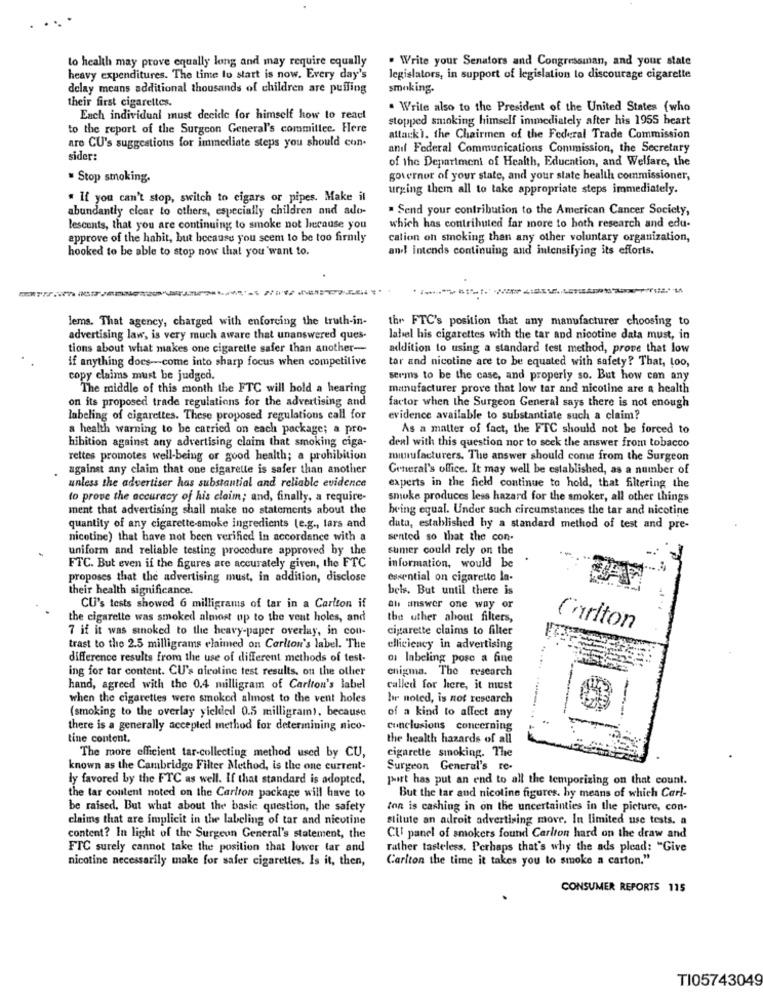
to health may prove equally long and may require equally
. Write your Senators and Congressman, and your state
heavy expenditures. The time to start is now. Every day's
legislators, in support of legislation to discourage cigarette
delay means additional thousands of children are puffing
smoking.
their first cigarettes.
. Write also to the President of the United States (who
Each individual must decide for himself how to react
stopped smoking himself immediately after his 1955 heart
to the report of the Surgeon General's committee. Here
are CU's suggestions for immediate steps you should con-
attack). the Chairmen of the Federal Trade Commission
and Federal Communications Commission, the Secretary
sider:
of the Department of Health, Education, and Welfare, the
. Stop smoking.
governor of your state, and your state health commissioner,
urging them all to take appropriate steps immediately.
. If you can't stop, switch to cigars or pipes. Make il
abundantly elcar to others, especially children and ado-
. Send your contribution to the American Cancer Society,
lescents, that you are continuing to smoke not because you
which has contributed far more to both research and edu-
approve of the habit, but because you seem to be too firmly
calion on smoking than any other voluntary organization,
hooked to be able to stop now that you want to.
and! intends continuing and intensifying its efforts.
lems. That agency, charged with enforcing the truth-in-
thr FTC's position that any manufacturer choosing to
advertising law, is very much aware that unanswered ques-
label his cigarettes with the tar and nicotine data must, in
tions about what makes one cigarette safer than another-
addition to using a standard test method, prove that low
if anything does --- come into sharp focus when competitive
tar and nicotine are to be equated with safety? That, Loo,
copy claims must be judged.
seems to be the case, and properly so. But how can any
The middle of this month the FTC will hold a hearing
manufacturer prove that low tar and nicotine are a health
on its proposed trade regulations for the advertising and
factor when the Surgeon General says there is not enough
labeling of cigarettes. These proposed regulations call for
evidence available to substantiate such a claim?
a health warning to be carried on each package; a pro-
As a matter of fact, the FTC should not be forced to
hibition against any advertising claim that smoking ciga-
deal with this question nor to seek the answer from tobacco
rettes promotes well-being or good health; a prohibition
mitufacturers. The answer should come from the Surgeon
against any claim that one cigarette is safer than another
General's office. It may well be established, as a number of
unless the advertiser has substantial and reliable evidence
experts in the field continue to hold, that filtering the
to prove the accuracy of his claim; and, finally, a require-
smoke produces less hazard for the smoker, all other things
ment that advertising shall make no statements about the
being equal. Under such circumstances the tar and nicotine
quantity of any cigarette-smoke ingredients (e.g ., lars and
duta, established by a standard method of test and pre-
nicotine) that have not been verified in accordance with a
sented so that the con-
uniform and reliable testing procedure approved by the
sumer could rely on the
FTC. But even if the figures are accurately given, the FTC
information, would be
proposes that the advertising must, in addition, disclose
essential on cigarette la-
their health significance.
bels. But until there is
CU's tests showed 6 milligrams of tar in a Carlton if
al answer one way or
the cigarette was smoked almost up to the veut holes, and
the uther about filters,
7 if it was stoked to the heavy-paper overlay, in cou-
cigarette claims to filter
Carlton
trast to the 2.5 milligrams claimed on Carlton's label. The
elliciency in advertising
difference results from the use of different methods of test-
o labeling pose a fine
ing for tar content. CU's nicoline test results, on the other
enigma. The research
hand, agreed with the 0.4 milligram of Carlton's label
called for here, it must
when the cigarettes were smoked almost to the vent holes
hr noted, is not research
of a kind to affect any
(smoking to the overlay yielded 0.5 milligram), because
there is a generally accepted method for determining nico-
conclusions concerning
tine content.
the health hazards of all
The more efficient tar-collecting method used by CU,
cigarette smoking. The
known as the Cambridge Filter Method, is the one current-
Surgeon General's re-
ly favored by the FTC as well. If that standard is adopted.
pwitt has put an end to all the temporizing on that count.
the tar content noted on the Carlton package will have to
But the tar and nicotine figures. by means of which Carl-
be raised, But what about the basic question, the safety
ton is cashing in on the uncertainties in the picture, con-
claims that are implicit in the labeling of tar and nicotine
stitute an adroit advertising move. In limited use tests. a
content? In light of the Surgeon General's statement, the
CU panel of smokers found Carlton hard on the draw and
FIC surely cannot take the position that lower tar and
rather tasteless. Perhaps that's why the ads plead: "Give
nicotine necessarily make for safer cigarettes. Is it, then,
Carlton the time it takes you to smoke a carton."
CONSUMER REPORTS 115
TI05743049